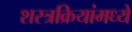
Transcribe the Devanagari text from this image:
शस्त्रक्रियांमध्ये